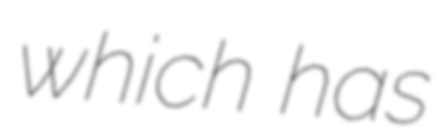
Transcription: which has